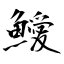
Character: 鱫